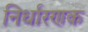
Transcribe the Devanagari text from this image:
निर्धारणक